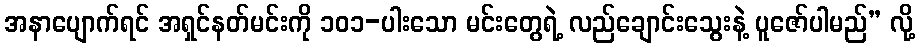
အနာပျောက်ရင် အရှင်နတ်မင်းကို ၁၀၁-ပါးသော မင်းတွေရဲ့ လည်ချောင်းသွေးနဲ့ ပူဇော်ပါမည်” လို့